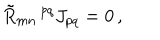
{ \tilde { R } } _ { m n } \, ^ { p q } J _ { p q } = 0 \, ,